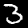
Label: 3